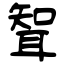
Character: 聟